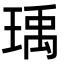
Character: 瑀